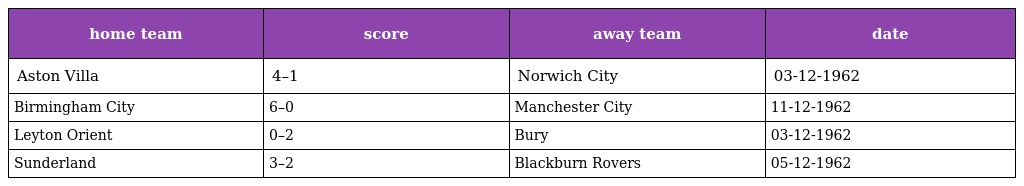
| home team | score | away team | date |
 | --- | --- | --- | --- |
 | Aston Villa | 4–1 | Norwich City | 03-12-1962 |
 | Birmingham City | 6–0 | Manchester City | 11-12-1962 |
 | Leyton Orient | 0–2 | Bury | 03-12-1962 |
 | Sunderland | 3–2 | Blackburn Rovers | 05-12-1962 |